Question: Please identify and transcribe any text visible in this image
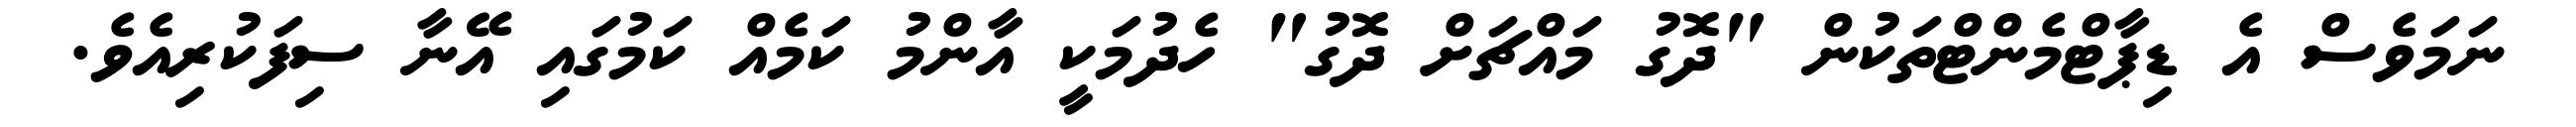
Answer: ނަމަވެސް އެ ޑިޕާޓްމެންޓްތަކުން "ދޮގު މައްޗަށް ދޮގު" ހެދުމަކީ އާންމު ކަމެއް ކަމުގައި އޭނާ ސިފަކުރިއެވެ.